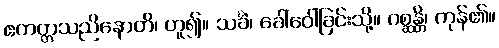
ဧကတ္တသညိနောတိ၊ ဟူ၍။ သင်္ခံ၊ ခေါ်ဝေါ်ခြင်းသို့။ ဂစ္ဆန္တိ၊ ကုန်၏။